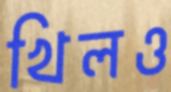
খিলও